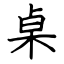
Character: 桌